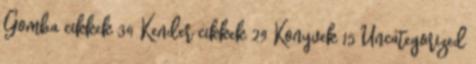
Gomba cikkek 34 Kender cikkek 29 Konyvek 15 Uncategorized